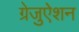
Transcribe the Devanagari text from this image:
ग्रेजुऐशन